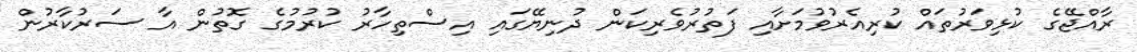
ރާއްޖޭގެ ކުޅިވަރުތައް ކުރިއެރުވުމަށާއި ފަތުރުވެރިކަން ދުނިޔޭގައި އިސްތިހާރު ކުރުމުގެ ގޮތުން އާ ސަރުކާރުން